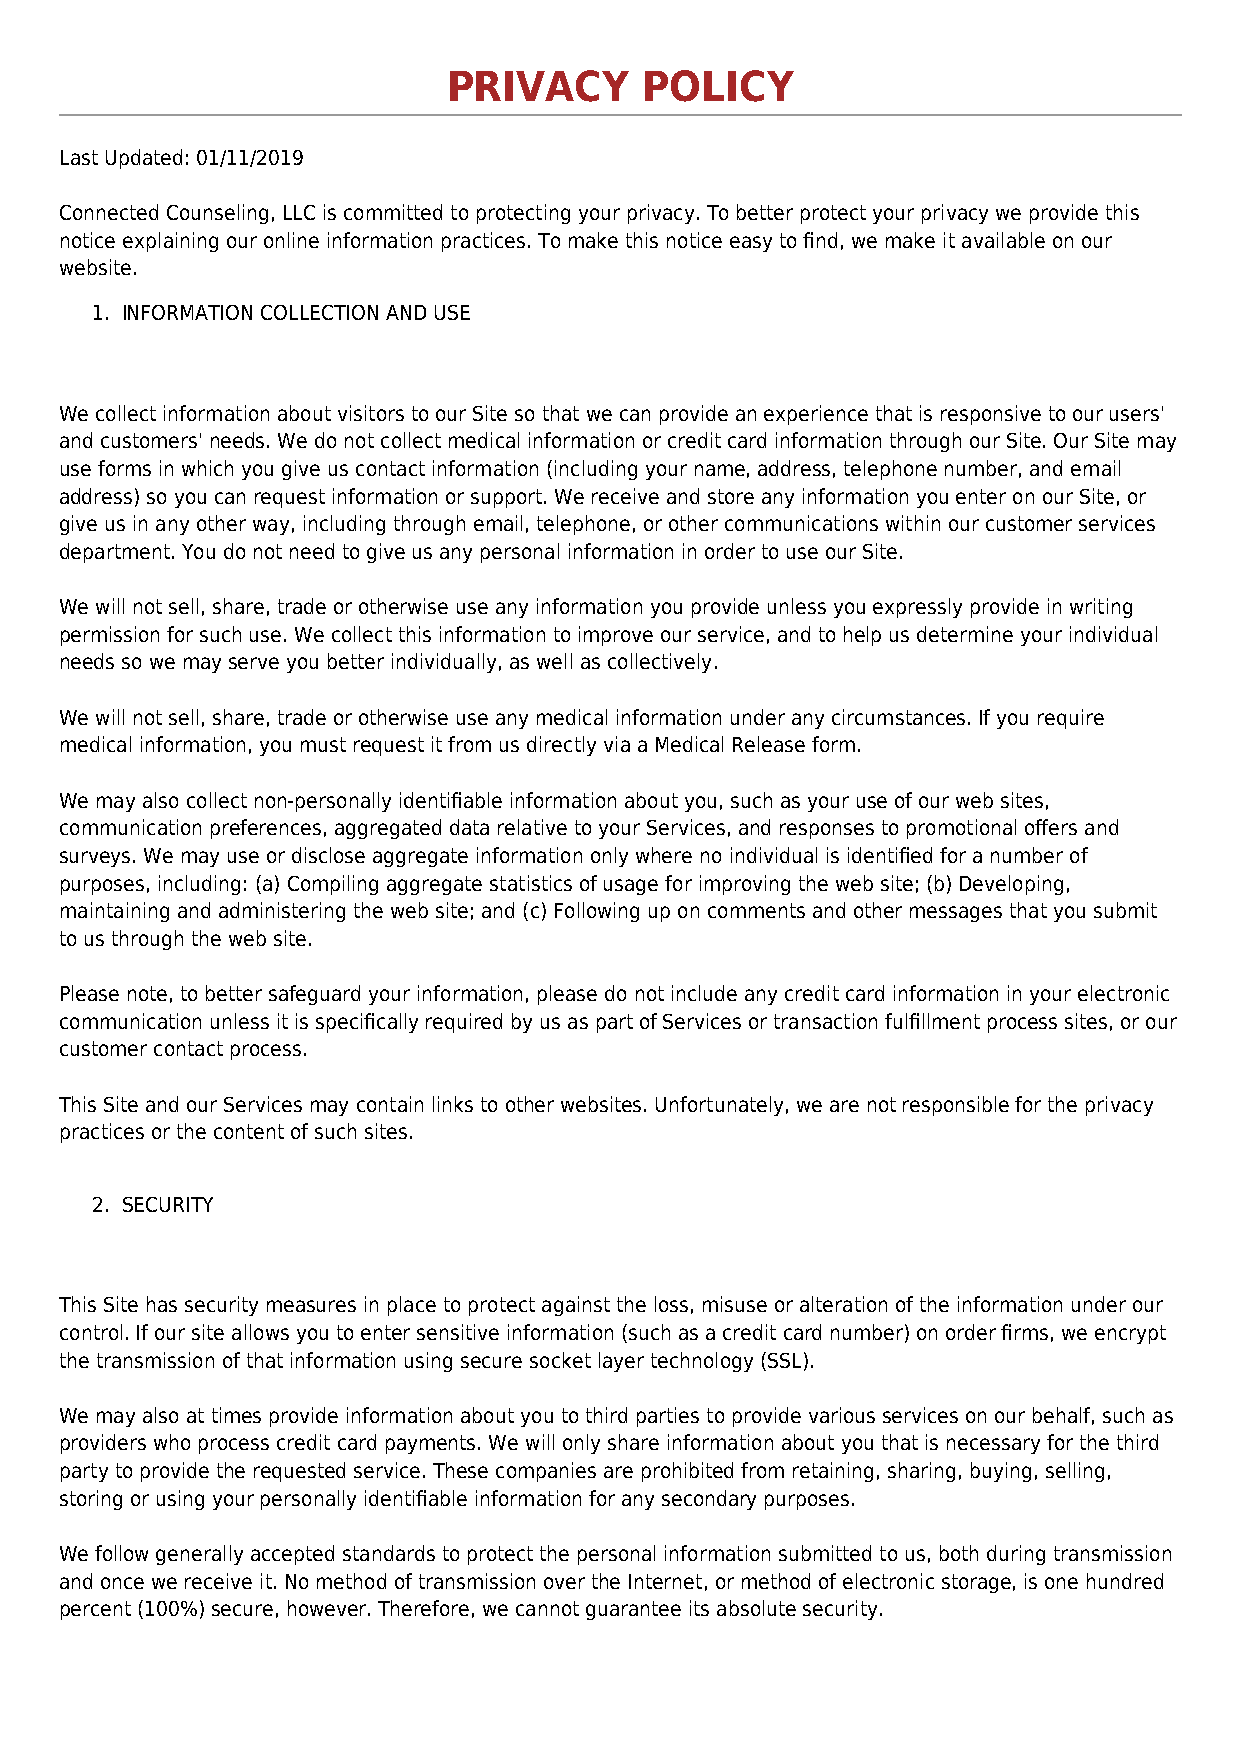
PRIVACY      POLICY
 Last Updated: 01/11/2019
 Connected Counseling, LLC is committed to protecting your privacy. To better protect your privacy we provide this
 notice explaining our online information practices. To make this notice easy to find, we make it available on our
 website.
 1. INFORMATION COLLECTION AND USE
 We collect information about visitors to our Site so that we can provide an experience that is responsive to our users'
 and customers' needs. We do not collect medical information or credit card information through our Site. Our Site may
 use forms in which you give us contact information (including your name, address, telephone number, and email
 address) so you can request information or support. We receive and store any information you enter on our Site, or
 give us in any other way, including through email, telephone, or other communications within our customer services
 department. You do not need to give us any personal information in order to use our Site.
 We will not sell, share, trade or otherwise use any information you provide unless you expressly provide in writing
 permission for such use. We collect this information to improve our service, and to help us determine your individual
 needs so we may serve you better individually, as well as collectively.
 We will not sell, share, trade or otherwise use any medical information under any circumstances. If you require
 medical information, you must request it from us directly via a Medical Release form.
 We may also collect non-personally identifiable information about you, such as your use of our web sites,
 communication preferences, aggregated data relative to your Services, and responses to promotional offers and
 surveys. We may use or disclose aggregate information only where no individual is identified for a number of
 purposes, including: (a) Compiling aggregate statistics of usage for improving the web site; (b) Developing,
 maintaining and administering the web site; and (c) Following up on comments and other messages that you submit
 to us through the web site.
 Please note, to better safeguard your information, please do not include any credit card information in your electronic
 communication unless it is specifically required by us as part of Services or transaction fulfillment process sites, or our
 customer contact process.
 This Site and our Services may contain links to other websites. Unfortunately, we are not responsible for the privacy
 practices or the content of such sites.
 2. SECURITY
 This Site has security measures in place to protect against the loss, misuse or alteration of the information under our
 control. If our site allows you to enter sensitive information (such as a credit card number) on order firms, we encrypt
 the transmission of that information using secure socket layer technology (SSL).
 We may also at times provide information about you to third parties to provide various services on our behalf, such as
 providers who process credit card payments. We will only share information about you that is necessary for the third
 party to provide the requested service. These companies are prohibited from retaining, sharing, buying, selling,
 storing or using your personally identifiable information for any secondary purposes.
 We follow generally accepted standards to protect the personal information submitted to us, both during transmission
 and once we receive it. No method of transmission over the Internet, or method of electronic storage, is one hundred
 percent (100%) secure, however. Therefore, we cannot guarantee its absolute security.